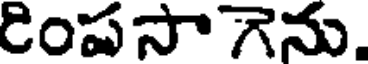
రింపసాగెను.